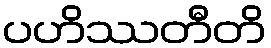
ပဟိဿတီတိ